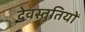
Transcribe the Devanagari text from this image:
देवस्तुतियों